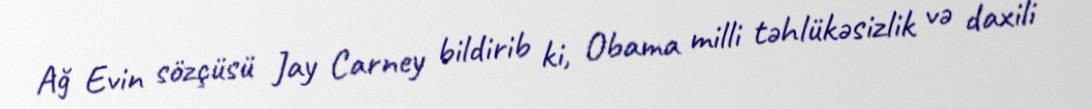
Ağ Evin sözçüsü Jay Carney bildirib ki, Obama milli təhlükəsizlik və daxili